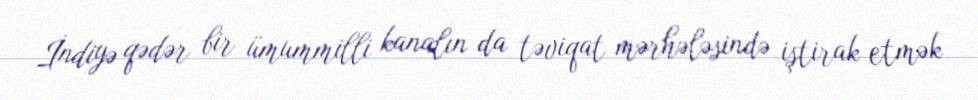
İndiyə qədər bir ümummilli kanalın da təviqat mərhələsində iştirak etmək